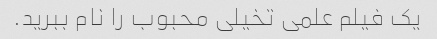
یک فیلم علمی تخیلی محبوب را نام ببرید.